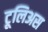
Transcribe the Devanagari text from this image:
टूलिअस